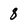
Character: 8